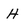
Character: h